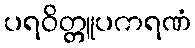
ပရဝိတ္တူပကရဏံ